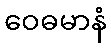
ဝေဓမာနံ